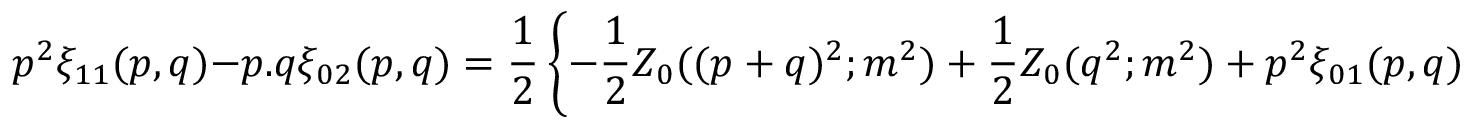
p ^ { 2 } \xi _ { 1 1 } ( p , q ) - p . q \xi _ { 0 2 } ( p , q ) = { \frac { 1 } { 2 } } \left\{ - { \frac { 1 } { 2 } } Z _ { 0 } ( ( p + q ) ^ { 2 } ; m ^ { 2 } ) + { \frac { 1 } { 2 } } Z _ { 0 } ( q ^ { 2 } ; m ^ { 2 } ) + p ^ { 2 } \xi _ { 0 1 } ( p , q ) \right\} \, .